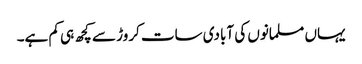
یہاں مسلمانوں کی آبادی سات کروڑ سے کچھ ہی کم ہے۔